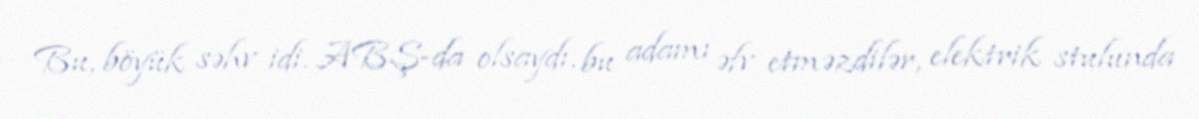
Bu, böyük səhv idi. ABŞ-da olsaydı, bu adamı əfv etməzdilər, elektrik stulunda